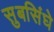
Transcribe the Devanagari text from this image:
सुबसिंघे